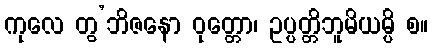
ကုလေ တွ’ဘိဇနော ဝုတ္တော၊ ဥပ္ပတ္တိဘူမိယမ္ပိ စ။